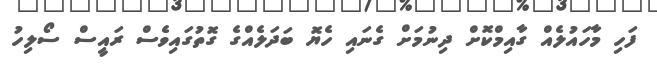
ފަހި މާހައުލެއް ގާއިމްކޮށް ދިނުމަށް ގެނައި ހެޔޮ ބަދަލެއްގެ ގޮތުގައިވެސް ރައީސް ސޯލިހު